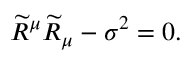
\widetilde { R } ^ { \mu } \widetilde { R } _ { \mu } - \sigma ^ { 2 } = 0 .